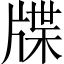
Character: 牒